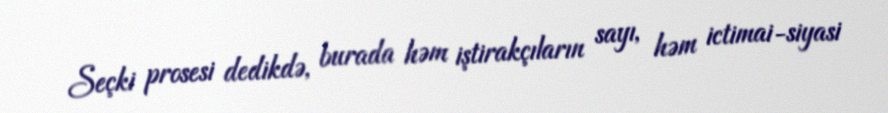
Seçki prosesi dedikdə, burada həm iştirakçıların sayı, həm ictimai-siyasi